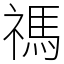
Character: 禡